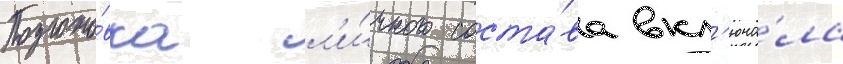
Подгото́вка л'и́чного соста́ва вкл'юча́ла